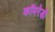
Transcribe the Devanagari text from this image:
कॉमरेडो